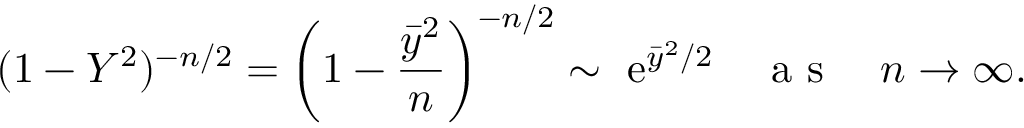
( 1 - Y ^ { 2 } ) ^ { - n / 2 } = \bigg ( 1 - \frac { \bar { y } ^ { 2 } } { n } \bigg ) ^ { - n / 2 } \sim ~ \mathrm { e } ^ { \bar { y } ^ { 2 } / 2 } \quad \mathrm { ~ a ~ s ~ } \quad n \to \infty .